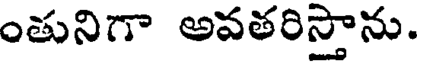
ంతునిగా అవతరిస్తాను.